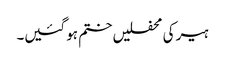
ہیر کی محفلیں ختم ہو گئیں۔